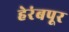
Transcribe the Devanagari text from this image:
हेरंबपूर